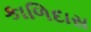
કાળિદાસ